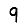
Digit: 9